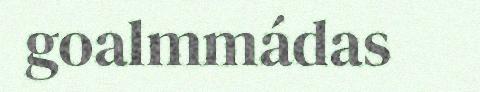
goalmmádas